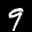
Label: 9